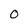
Character: 0